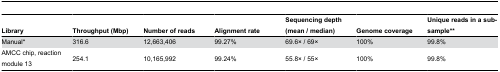
<table><thead><tr><td><b>Library</b></td><td><b>Throughput (Mbp)</b></td><td><b>Number of reads</b></td><td><b>Alignment rate</b></td><td><b>Sequencing depth (mean / median)</b></td><td><b>Genome coverage</b></td><td><b>Unique reads in a sub-sample**</b></td></tr></thead><tbody><tr><td>Manual*</td><td>316.6</td><td>12,663,406</td><td>99.27%</td><td>69.6× / 69×</td><td>100%</td><td>99.8%</td></tr><tr><td>AMCC chip, reaction module 13</td><td>254.1</td><td>10,165,992</td><td>99.24%</td><td>55.8× / 55×</td><td>100%</td><td>99.8%</td></tr></tbody></table>